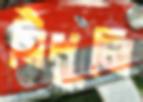
সিঁধুলি